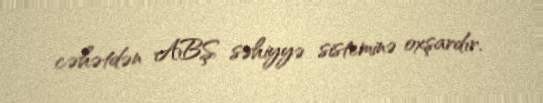
cəhətdən ABŞ səhiyyə sisteminə oxşardır.